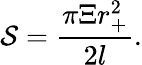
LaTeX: \mathcal{S}=\frac{\pi\Xi r_{+}^{2}}{2l}.